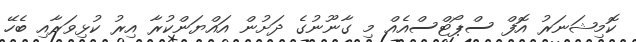
ކޮމިޝަނަރު އޮފް ސްޕޯޓްސްއެއް މި ގާނޫނުގެ ދަށުން އައްޔަންކުރާ އިރު ކުޅިވަރާއި ބެހޭ